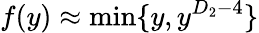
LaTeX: f(y)\approx\mathrm{min}\{ y,y^{D_{2}-{4}}\}